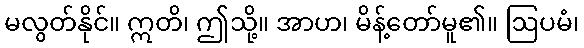
မလွတ်နိုင်။ ဣတိ၊ ဤသို့။ အာဟ၊ မိန့်တော်မူ၏။ ဩပမံ၊